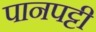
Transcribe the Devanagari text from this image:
पानपट्टी